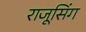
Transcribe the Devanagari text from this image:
राजूसिंग